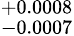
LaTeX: ^{+0.0008}_{-0.0007}